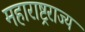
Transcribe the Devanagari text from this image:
महाराष्ट्रराज्य